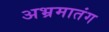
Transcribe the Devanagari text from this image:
अभ्रमातंग